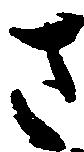
さ